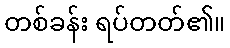
တစ်ခန်း ရပ်တတ်၏။